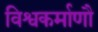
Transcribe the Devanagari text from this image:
विश्वकर्माणौ